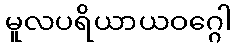
မူလပရိယာယဝဂ္ဂေါ